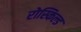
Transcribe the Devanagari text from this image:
रोस्किल्ड